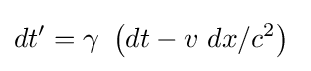
dt'=\gamma \ \left(dt-v\ dx/c^{2}\right)\